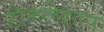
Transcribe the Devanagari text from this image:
टोनलेसाप